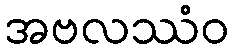
အဗလဿံဝ